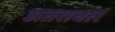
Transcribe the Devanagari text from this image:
अतराचार